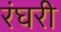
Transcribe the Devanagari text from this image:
रंघरी